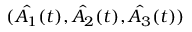
( \hat { A _ { 1 } } ( t ) , \hat { A _ { 2 } } ( t ) , \hat { A _ { 3 } } ( t ) )